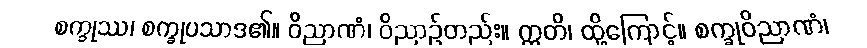
စက္ခုဿ၊ စက္ခုပသာဒ၏။ ဝိညာဏံ၊ ဝိညာဉ်တည်း။ ဣတိ၊ ထို့ကြောင့်။ စက္ခုဝိညာဏံ၊